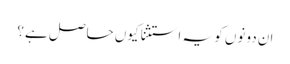
ان دونوں کو یہ استثنا کیوں حاصل ہے؟